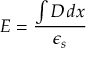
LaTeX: E = { \frac { \int D \, d x } { \epsilon _ { s } } }